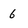
Character: 6